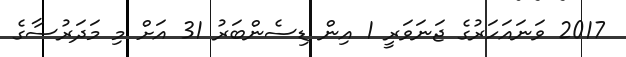
2017 ވަނައަހަރުގެ ޖަނަވަރީ 1 އިން ޑިސެންބަރު 31 އަށް މި މަދަރުސާގެ